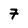
Character: 7